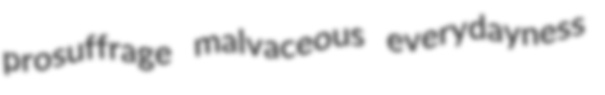
prosuffrage malvaceous everydayness